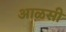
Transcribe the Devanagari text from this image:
आळसी